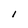
Character: I